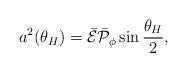
LaTeX: \begin{align*}a^2(\theta_H)=\bar{\cal E}\bar{\cal P}_{\phi}\sin{\theta_H\over 2},\end{align*}